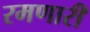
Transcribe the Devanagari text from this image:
रमणारी